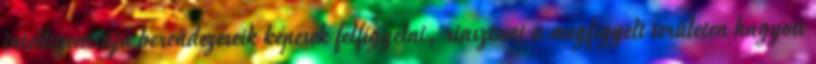
intelligenciájú berendezéseik képesek felfigyelni, riasztani a megfigyelt területen hagyott